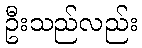
ဦးသည်လည်း